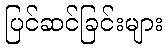
ပြင်ဆင်ခြင်းများ